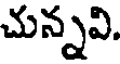
చున్నవి.